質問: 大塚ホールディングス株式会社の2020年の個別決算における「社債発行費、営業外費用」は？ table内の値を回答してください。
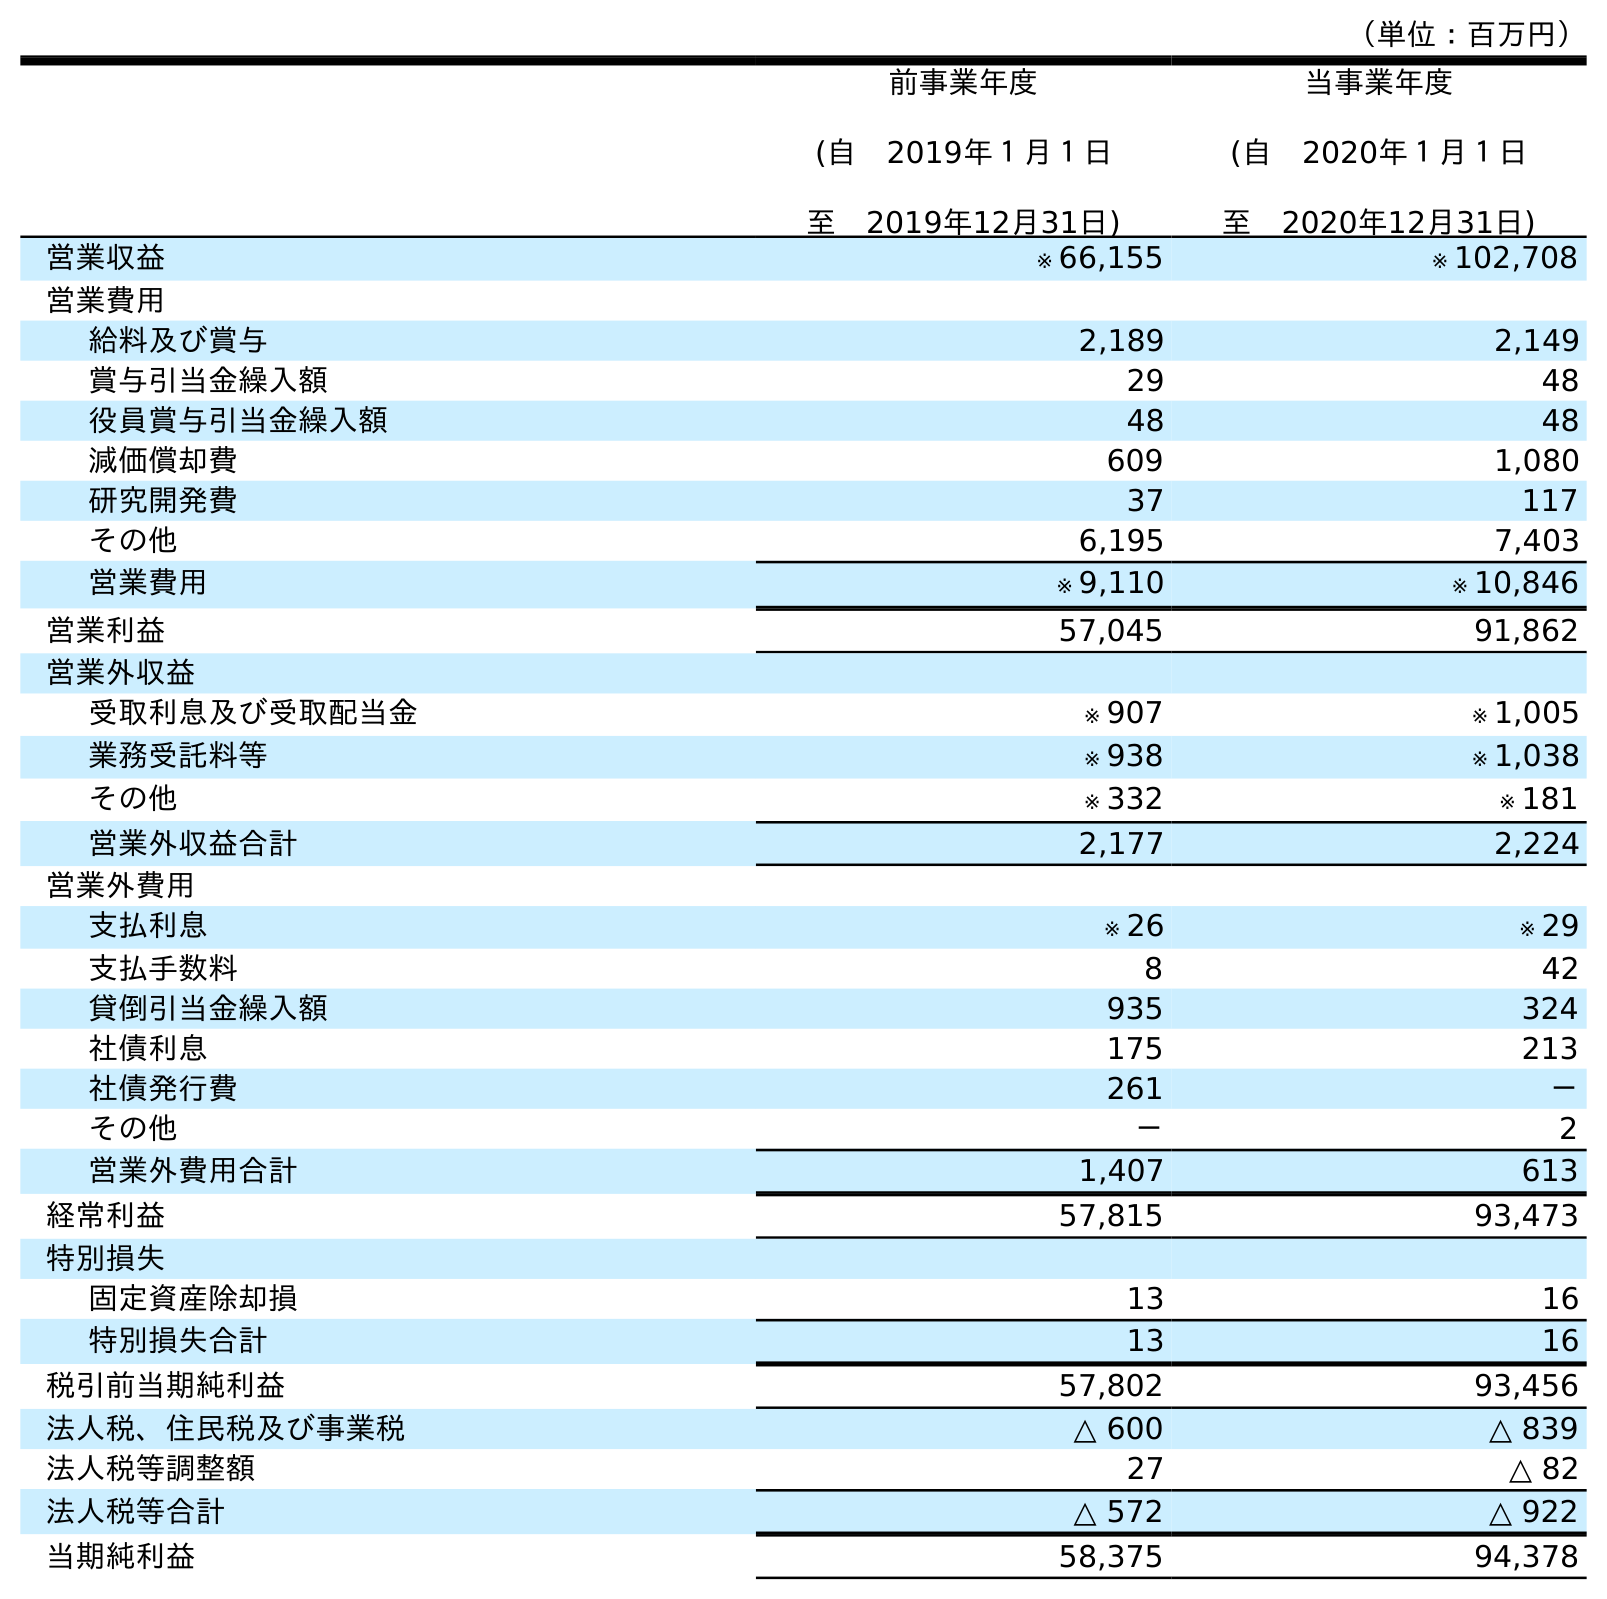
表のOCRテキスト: （単位：百万円） 前事業年度 (自 2019年１月１日 至 2019年12月31日) 当事業年度 (自 2020年１月１日 至 2020年12月31日) 営業収益 ※ 66,155 ※ 102,708 営業費用 給料及び賞与 2,189 2,149 賞与引当金繰入額 29 48 役員賞与引当金繰入額 48 48 減価償却費 609 1,080 研究開発費 37 117 その他 6,195 7,403 営業費用 ※ 9,110 ※ 10,846 営業利益 57,045 91,862 営業外収益 受取利息及び受取配当金 ※ 907 ※ 1,005 業務受託料等 ※ 938 ※ 1,038 その他 ※ 332 ※ 181 営業外収益合計 2,177 2,224 営業外費用 支払利息 ※ 26 ※ 29 支払手数料 8 42 貸倒引当金繰入額 935 324 社債利息 175 213 社債発行費 261 － その他 － 2 営業外費用合計 1,407 613 経常利益 57,815 93,473 特別損失 固定資産除却損 13 16 特別損失合計 13 16 税引前当期純利益 57,802 93,456 法人税、住民税及び事業税 △ 600 △ 839 法人税等調整額 27 △ 82 法人税等合計 △ 572 △ 922 当期純利益 58,375 94,378
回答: －